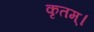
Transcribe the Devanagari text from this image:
कृतम्।